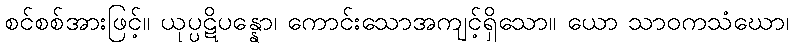
စင်စစ်အားဖြင့်။ ယုပ္ပဋိပန္နော၊ ကောင်းသောအကျင့်ရှိသော။ ယော သာဝကသံဃော၊